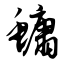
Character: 鳙